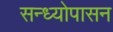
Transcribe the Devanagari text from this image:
सन्ध्याेपासन